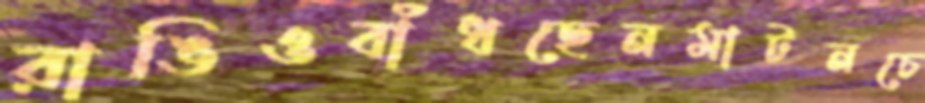
রাঙিওবাঁধছেনমাটনচে